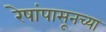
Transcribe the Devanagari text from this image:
रेषांपासूनच्या